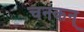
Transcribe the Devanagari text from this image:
चनकन्